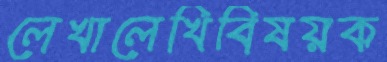
লেখালেখিবিষয়ক